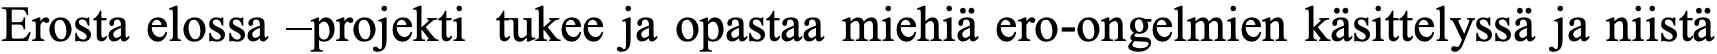
Erosta elossa –projekti tukee ja opastaa miehiä ero-ongelmien käsittelyssä ja niistä